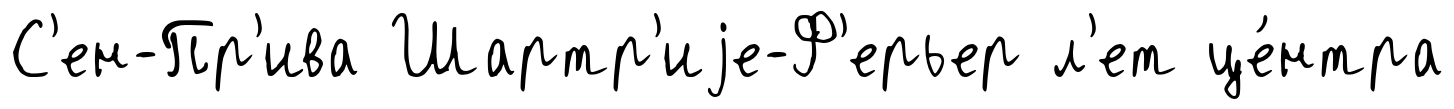
С'ен-Пр'ива Шартр'иjе-Ф'ерьер л'ет це́нтра